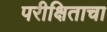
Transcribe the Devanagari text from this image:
परीक्षिताचा